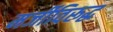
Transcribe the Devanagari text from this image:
मर्जीविरूद्ध